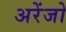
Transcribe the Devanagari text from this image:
अरेंजो